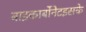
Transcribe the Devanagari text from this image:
बाइकार्बोनेटइसके